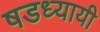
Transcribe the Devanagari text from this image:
षडध्यायी